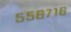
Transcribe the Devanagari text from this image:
५५६७१६